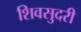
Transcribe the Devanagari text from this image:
शिवसुदरी